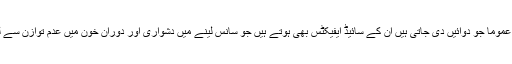
ایسے میں اعصاب کو سکون پہنچانے کےلیے عموماً جو دوائیں دی جاتی ہیں ان کے سائیڈ ایفیکٹس بھی ہوتے ہیں جو سانس لینے میں دشواری اور دورانِ خون میں عدم توازن سے لے کر غصہ اور جھلاہٹ تک پہنچ سکتے ہیں۔